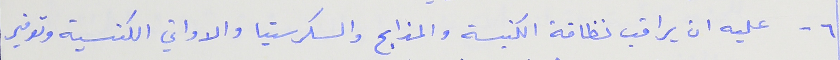
٦ - عليه ان يراقب نظافة الكنيسة والمذابح والسكرستيا والاواني الكنسية وتوفير